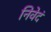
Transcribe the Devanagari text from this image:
निवेदं